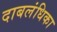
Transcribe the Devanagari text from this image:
दाबलंधिका